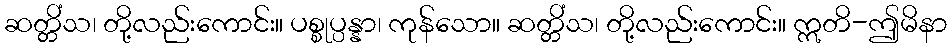
ဆတ္တိံသ၊ တို့လည်းကောင်း။ ပစ္စုပ္ပန္နာ၊ ကုန်သော။ ဆတ္တိံသ၊ တို့လည်းကောင်း။ ဣတိ-ဤမိနာ